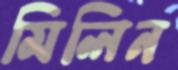
মিলিন